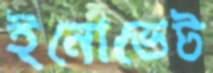
ইনোভেট